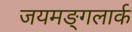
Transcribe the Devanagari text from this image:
जयमङ्गलार्क